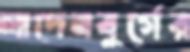
লাদেনবুর্গের